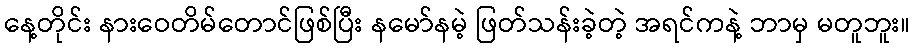
နေ့တိုင်း နားဝေတိမ်တောင်ဖြစ်ပြီး နမော်နမဲ့ ဖြတ်သန်းခဲ့တဲ့ အရင်ကနဲ့ ဘာမှ မတူဘူး။